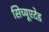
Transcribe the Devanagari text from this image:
सिच्यूएटेड